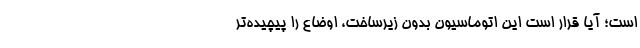
است؛ آیا قرار است این اتوماسیونِ بدون زیرساخت، اوضاع را پیچیده‌تر